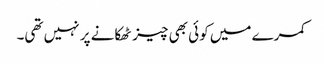
کمرے میں کوئی بھی چیز ٹھکانے پر نہیں تھی۔